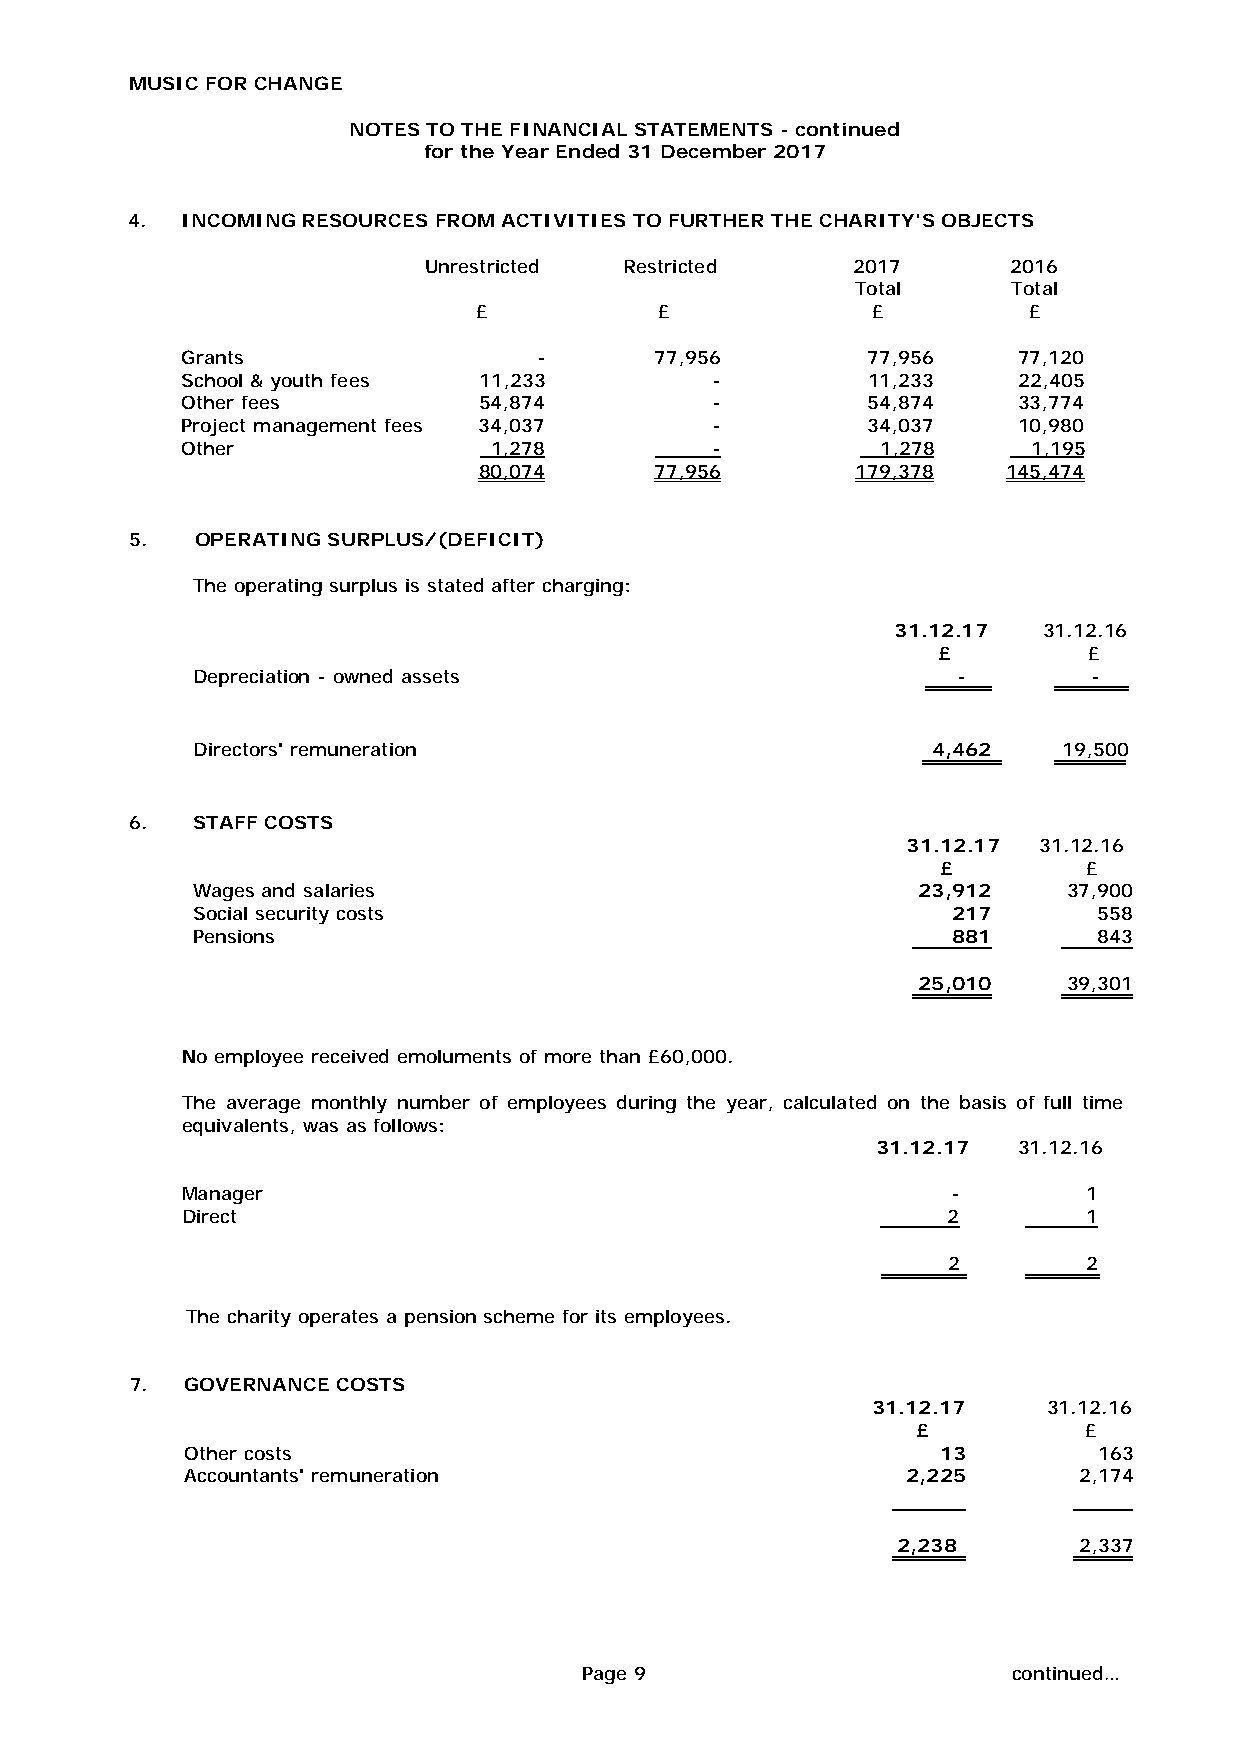
MUSIC FOR CHANGE
 NOTES TO THE FINANCIAL STATEMENTS - continued
 for the Year Ended 31 December 2017
 4. INCOMING RESOURCES FROM ACTIVITIES TO FURTHER THE CHARITY'S OBJECTS
 Unrestricted Restricted 2017 2016
 Total Total
 £ £ £ £
 Grants - 77,956 77,956 77,120
 School & youth fees 11,233 - 11,233 22,405
 Other fees 54,874 - 54,874 33,774
 Project management fees 34,037 - 34,037 10,980
 Other 1,278 - 1,278    1,195
 80,074 77,956 179,378 145,474
 5.  OPERATING SURPLUS/(DEFICIT)
 The operating surplus is stated after charging:
 31.12.17  31.12.16
 £         £
 Depreciation - owned assets                           -        -
 Directors' remuneration                              4,462   19,500
 6.  STAFF COSTS
 31.12.17 31.12.16
 £         £
 Wages and salaries                                  23,912    37,900
 Social security costs                                 217       558
 Pensions                                              881 843
 25,010    39,301
 No employee received emoluments of more than £60,000.
 The average monthly number of employees during the year, calculated on the basis of full time
 equivalents, was as follows:
 31.12.17 31.12.16
 Manager - 1
 Direct 2 1
 2 2
 The charity operates a pension scheme for its employees.
 7. GOVERNANCE COSTS
 31.12.17   31.12.16
 £          £
 Other costs                                       13         163
 Accountants' remuneration                       2,225      2,174
 2,238       2,337
 Page 9              continued…